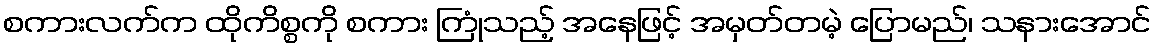
စကားလက်က ထိုကိစ္စကို စကား ကြုံသည့် အနေဖြင့် အမှတ်တမဲ့ ပြောမည်၊ သနားအောင်